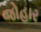
જોહાર